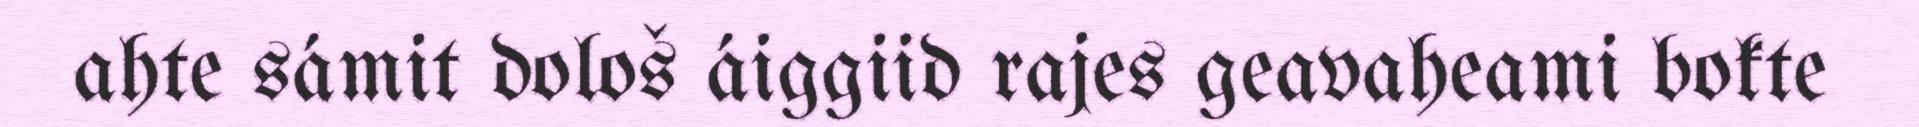
ahte sámit dološ áiggiid rajes geavaheami bokte